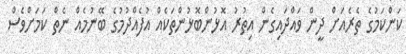
ކަންކަމުގެ ތެރެއަށް ދީން ވައްދައިގެން އިތުރު އޮޅުންބޮޅުންތަކެއް އުފެއްދުމުގެ ބޭނުމެއް ނެތް ކަަމަށްވެސް